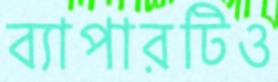
ব্যাপারটিও